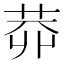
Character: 𱽭